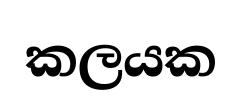
කලයක